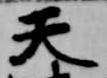
天